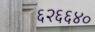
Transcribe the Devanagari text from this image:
६२६६४०